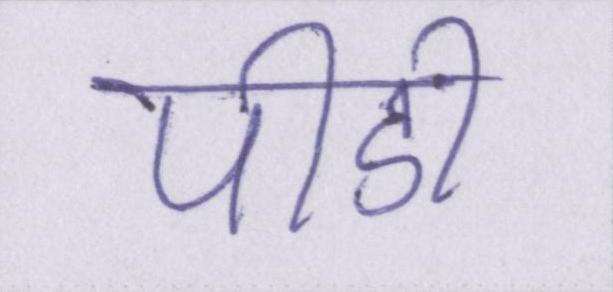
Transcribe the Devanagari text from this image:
पीडी